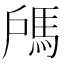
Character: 𩢉